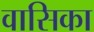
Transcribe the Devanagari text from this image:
वासिका